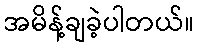
အမိန့်ချခဲ့ပါတယ်။